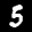
Label: 5